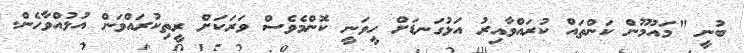
ބުނީ "މައުމޫން ކަންތައް ކުރައްވާއިރު އަޅުގަނޑަށް ހީވަނީ ކޮންމެވެސް ވަރަކަށް ރީތިކުރައްވަން އުޅުއްވާހެން.